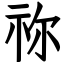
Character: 祢